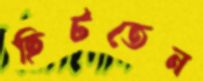
ছিটতেন